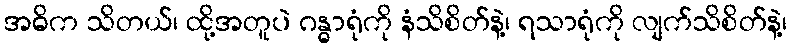
အဓိက သိတယ်၊ ထို့အတူပဲ ဂန္ဓာရုံကို နံသိစိတ်နဲ့၊ ရသာရုံကို လျက်သိစိတ်နဲ့၊